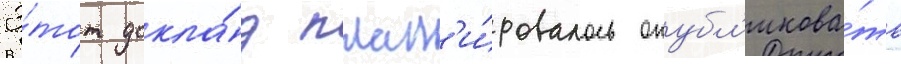
Э́тот докла́д план'и́ровалось опубл'икова́ть